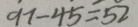
9 7 - 4 5 = 5 2